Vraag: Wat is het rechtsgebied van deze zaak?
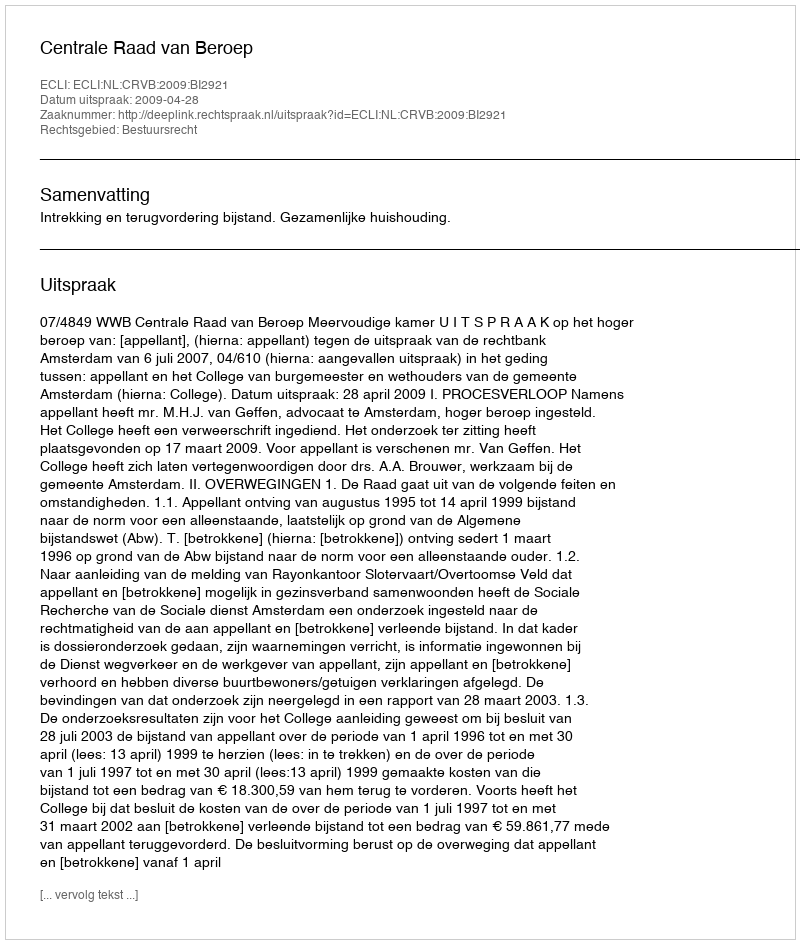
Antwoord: Bestuursrecht